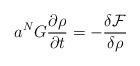
LaTeX: \begin{align*}a^{N}G\frac{\partial \rho}{\partial t} = - \frac{\delta \mathcal{F}}{\delta\rho}\end{align*}